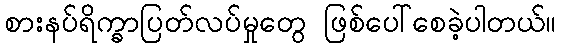
စားနပ်ရိက္ခာပြတ်လပ်မှုတွေ ဖြစ်ပေါ်စေခဲ့ပါတယ်။